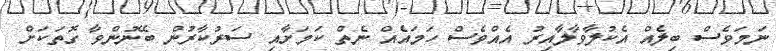
ނަމަވެސް ބިލެއް އެކުލާވާލާއިރު އެއްވެސް ހަމައެއް ނެތް ކަމަށާއި ސަރުކާރުން ބޭނުންވާ ގޮތަކަށް